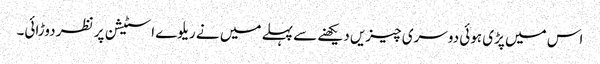
اس میں پڑی ہوئی دوسری چیزیں دیکھنے سے پہلے میں نے ریلوے اسٹیشن پر نظر دوڑائی۔